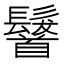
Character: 𩠷